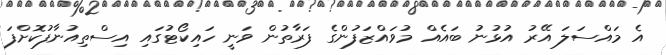
އެ މައްސަލަ އޭރު އުޅުނު ބައެއް މުވައްޒަފުންގެ ފަރާތުން ވަނީ ހައިކޯޓުގައި އިސްތިއުނާފުކޮށްފަ